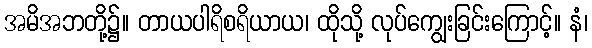
အမိအဘတို့၌။ တာယပါရိစရိယာယ၊ ထိုသို့ လုပ်ကျွေးခြင်းကြောင့်။ နံ၊